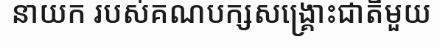
នាយក របស់គណបក្សសង្គ្រោះជាតិមួយ